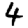
Digit: 4